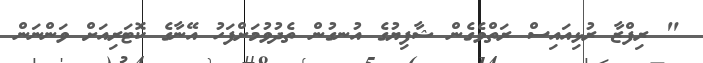
" ރިފްޒާ ރުޅިއައިސް ރަތްވެގެން ޝާފިޔުގެ އުނގުން ތެދުވުމަށްފަހު އޭނާގެ ކޮޓަރިއަށް ވަންނަން